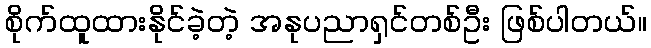
စိုက်ထူထားနိုင်ခဲ့တဲ့ အနုပညာရှင်တစ်ဦး ဖြစ်ပါတယ်။